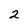
Character: 2